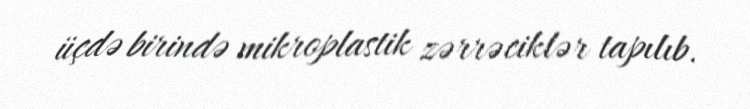
üçdə birində mikroplastik zərrəciklər tapılıb.